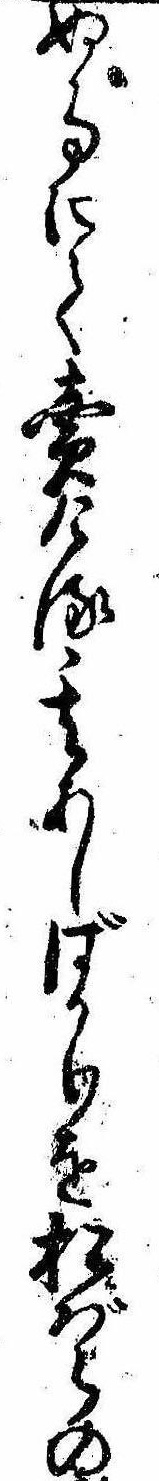
ぬ事にて売ける其あしばかりを松ばらの